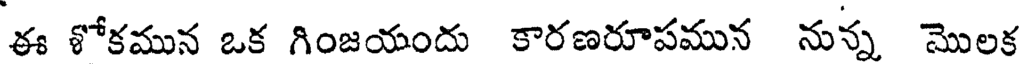
ఈ శోకమున ఒక గింజయందు కారణరూపమున నున్న మొలక